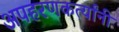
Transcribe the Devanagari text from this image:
अपहरणकर्त्यांनी